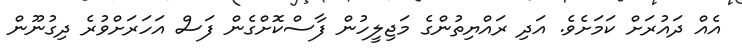
އެއް ދައުރަށް ކަމަށެވެ. އަދި ރައްޔިތުންގެ މަޖިލީހުން ފާސްކޮށްގެން ފަސް އަހަރަށްވުރެ ދިގުނޫން